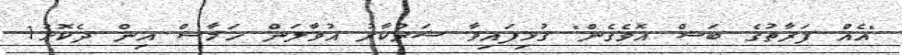
"އެއް ފަރާތުގެ ބަސް އޮވެގެން" ގުޅިފައިވާ ސަރުކާރު އުވާލަން ހަމާސް އިން ދެކޮޅު1